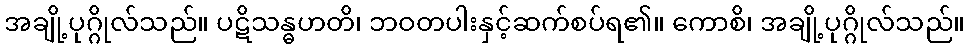
အချို့ပုဂ္ဂိုလ်သည်။ ပဋိသန္ဓဟတိ၊ ဘဝတပါးနှင့်ဆက်စပ်ရ၏။ ကောစိ၊ အချို့ပုဂ္ဂိုလ်သည်။